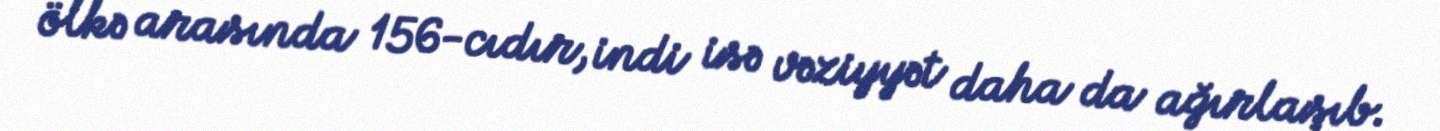
ölkə arasında 156-cıdır, indi isə vəziyyət daha da ağırlaşıb.